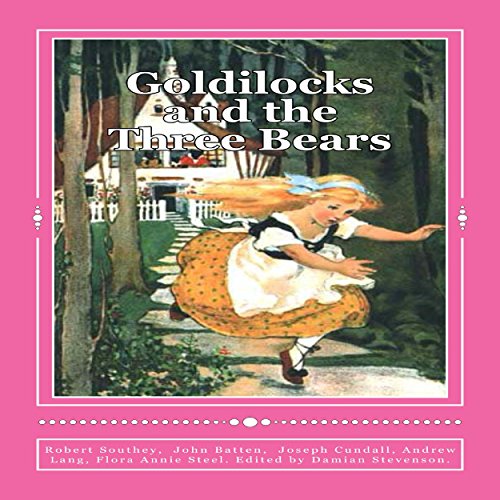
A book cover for Goldilocks and the Three Bears: Special Edition; Robert Southey; Literature & Fiction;